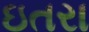
ઇતરા